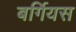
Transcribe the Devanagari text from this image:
बर्गियस